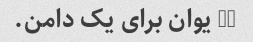
20 یوان برای یک دامن.